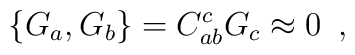
\{ G_a,G_b\} =C _{ab}^c G_c\approx 0\,\,\, ,